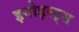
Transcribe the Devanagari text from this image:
इगोइस्ट्स